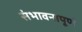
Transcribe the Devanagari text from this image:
संभावनापूर्ण